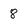
Character: 8